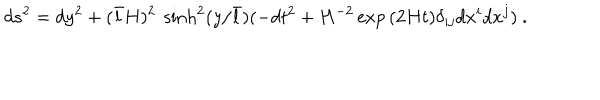
LaTeX: d s ^ { 2 } = d y ^ { 2 } + ( \bar { l } H ) ^ { 2 } \ \sinh ^ { 2 } ( y / \bar { l } ) ( - d t ^ { 2 } + H ^ { - 2 } \exp { ( 2 H t ) } \delta _ { i j } d x ^ { i } d x ^ { j } ) \ .